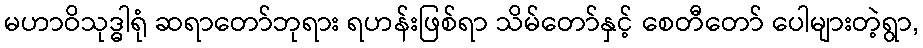
မဟာဝိသုဒ္ဓါရုံ ဆရာတော်ဘုရား ရဟန်းဖြစ်ရာ သိမ်တော်နှင့် စေတီတော် ပေါများတဲ့ရွာ,